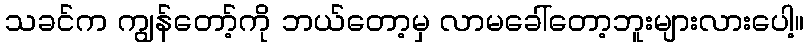
သခင်က ကျွန်တော့်ကို ဘယ်တော့မှ လာမခေါ်တော့ဘူးများလားပေါ့။